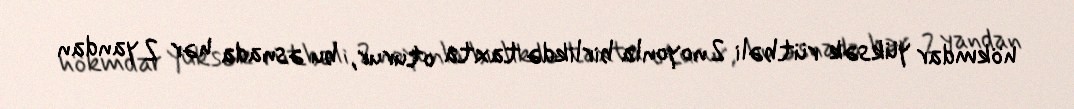
hökmdar yüksək rütbəli 2 noyonla birlikdə taxta oturur, bu əsnada hər 2 yandan